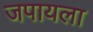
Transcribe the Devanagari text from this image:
जपायला